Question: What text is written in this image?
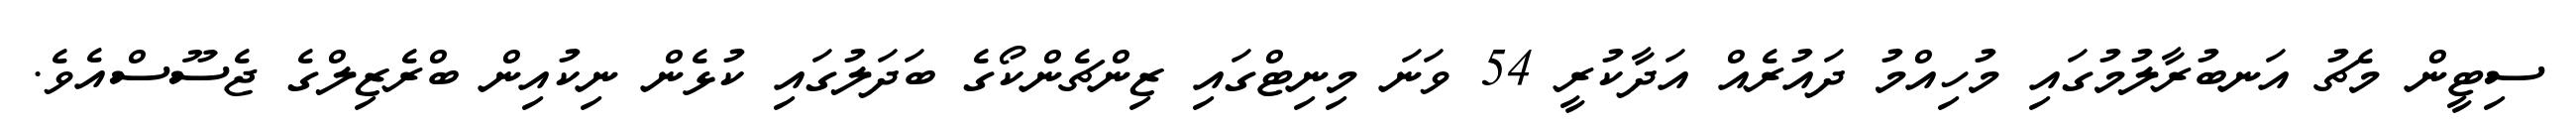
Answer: ސިޓީން މެޗު އަނބުރާލުމުގައި މުހިއްމު ދައުރެއް އަދާކުރީ 54 ވަނަ މިނިޓްގައި ޒިންޗެންކޯގެ ބަދަލުގައި ކުޅެން ނިކުއިން ބްރެޒިލްގެ ޖެސޫސްއެވެ.